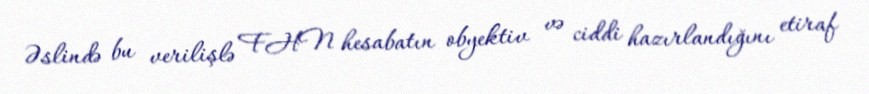
Əslində bu verilişlə FHN hesabatın obyektiv və ciddi hazırlandığını etiraf